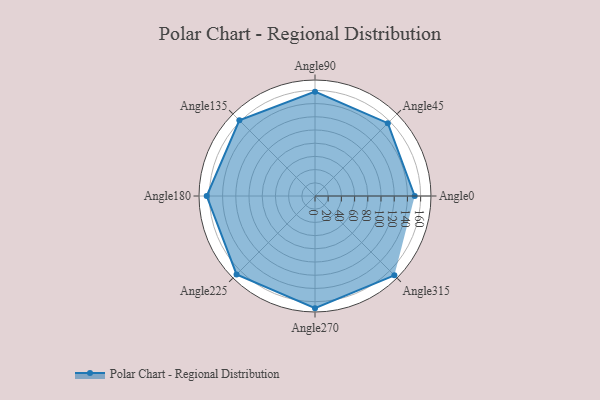
{"axis": {"x": "Angle", "y": "Radius"}, "legend": [""], "data": [{"x": "Angle0", "y": 151.0, "type": ""}, {"x": "Angle45", "y": 156.0, "type": ""}, {"x": "Angle90", "y": 158.0, "type": ""}, {"x": "Angle135", "y": 162.0, "type": ""}, {"x": "Angle180", "y": 164.0, "type": ""}, {"x": "Angle225", "y": 168.0, "type": ""}, {"x": "Angle270", "y": 170, "type": ""}, {"x": "Angle315", "y": 170, "type": ""}]}